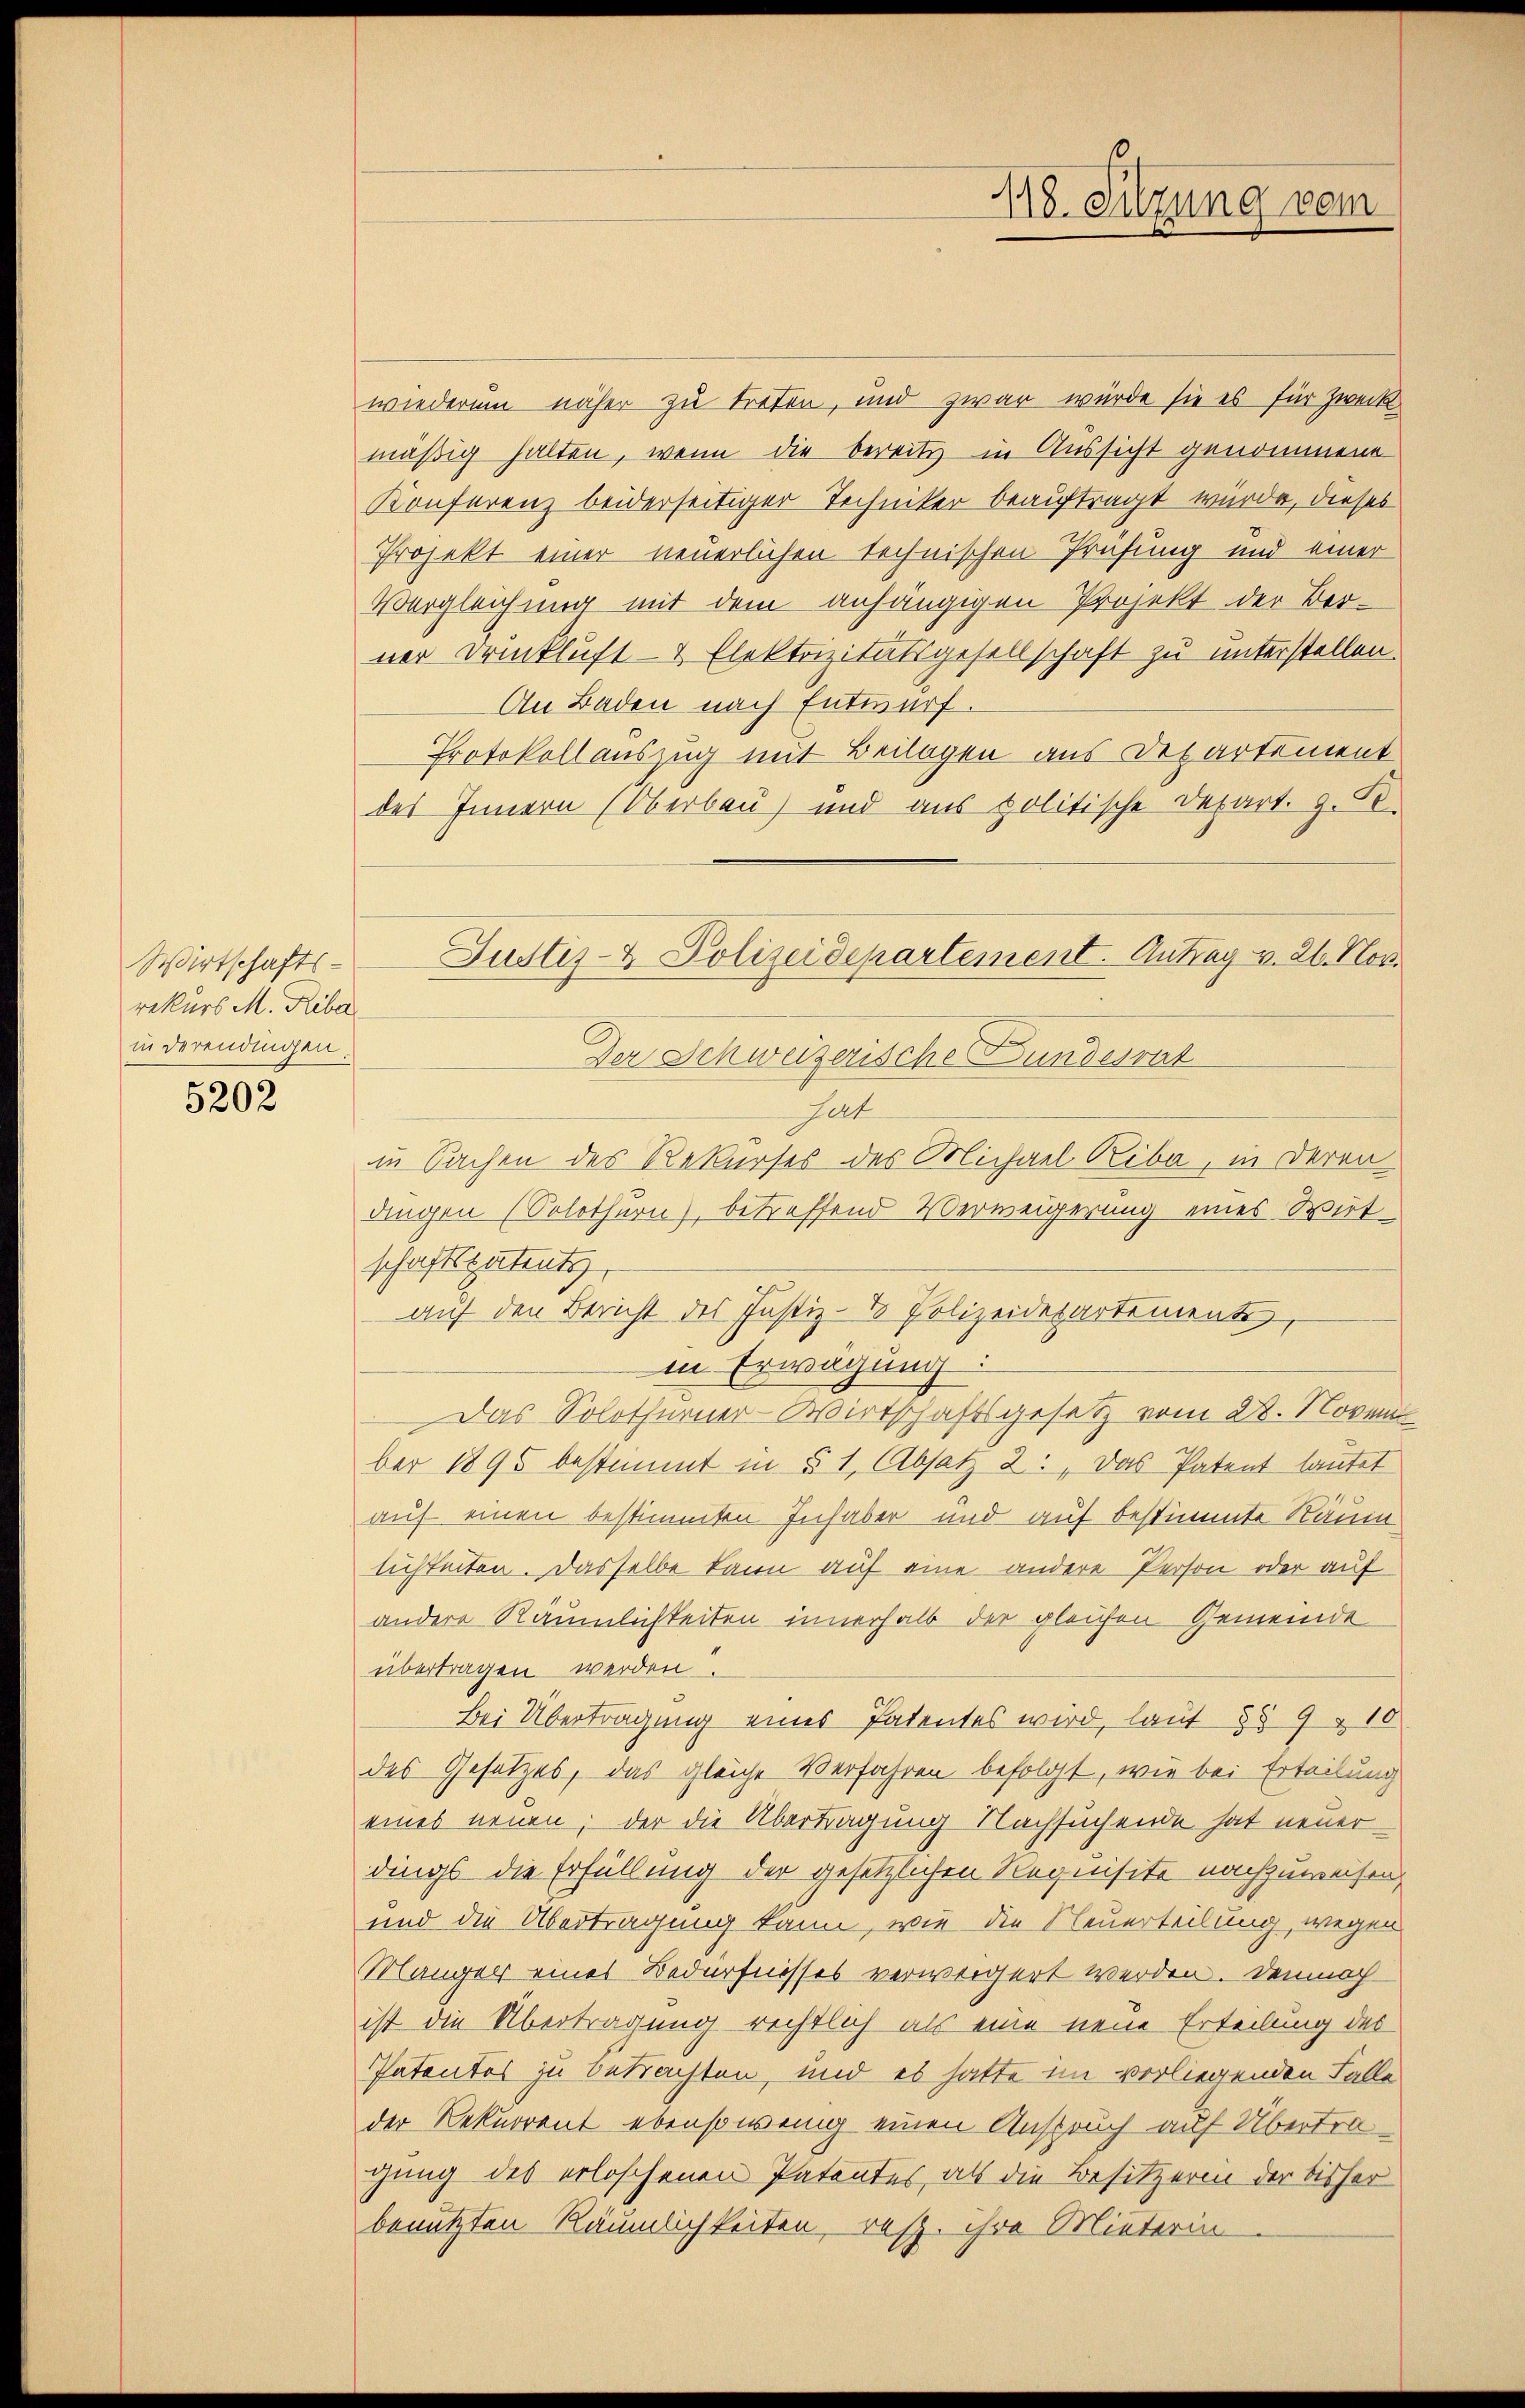
Wirtschafts-
rekurs M. Riber
in derendingen.

5202

wiederum näher zu treten, und zwar würde sie es für Zweck
mäßig halten, wenn die bereits in Aussicht genommene
Konferenz beiderseitiger Techniker beauftragt würde, dieses
Projekt einer neuerlichen technischen Prüfung und einer
Vergleichung mit dem anhängigen Projekt der Ber-
ner Druckluft- & Elektrizitätsgesellschaft zu unterstellen.
An Baden nach Entwurf.
Protokollauszug mit Beilagen aus Departement
des Innern (Oberbau) und aus politische Depart. 9. Se
Der Schweizerische Bundesrat
sart
in Sachen des Rekurses des Michael Riba, in deren
dingen (Solothurn), betreffend Verweigerung eines Wirt
schaftspatents
auf den Bericht des Justiz- & Polizeidepartemente,
in Erwägung:
Das Solothurner-Wirtschaftsgesetz vom 28. Novem
ber 1895 bestimmt in § 1, Absatz 2: „Das Patent lautet
auf einen bestimmten Inhaber und auf bestimmte Räum
lichkeiten. Dasselbe kann auf eine andere Person oder auf
andere Räumlichkeiten innerhalb der gleichen Gemeinde
übertragen werden.
Bei Übertragung eines Patentes wird, laut §§ 9 & 10.
des Gesetzes, das gleiche Verfahren befolgt, wie bei Erteilung
eines neuen; der die Übertragung Nachsuchende hat neuer
dings die Erfüllung der gesetzlichen Requisite nachzuweisen,
und die Übertragung kann, wie die Neuerteilung, wegen
Mänger eines Bedürfnisses verweigert werden. Demnach
ist die Übertragung rechtlich als eine neue Erteilung des
Patentes zu betrachten, und es hatte im vorliegenden Falle
der Rekurrent ebensowenig einen Anspruch auf Übertragung des erloschenen Patentes, als die Besitzerin der bisher
benutzten Räumlichkeiten, resp. ihre Mieterin

Justiz- & Polizeidepartement. Antrag v. 21. Nov.

118. Sitzung vom